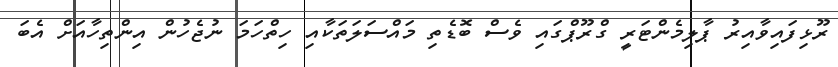
ރޫޅިފައިވާއިރު ޕާލިމެންޓަރީ ގްރޫޕްގައި ވެސް ބޮޑެތި މައްސަލަތަކާއި ހިތްހަމަ ނުޖެހުން އިންތިހާއަށް އެބަ